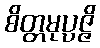
စိတ္တမုပ္ပဇ္ဇိ